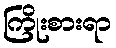
ကြိုးစားရာ